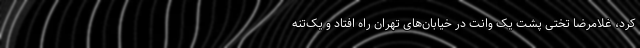
کرد، غلامرضا تختی پشت یک وانت در خیابان‌های تهران راه افتاد و یک‌تنه